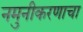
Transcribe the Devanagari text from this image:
नमुनीकरणाचा